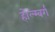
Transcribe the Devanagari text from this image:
होल्म्बर्ग